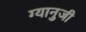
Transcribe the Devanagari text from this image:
ग्यानुजी